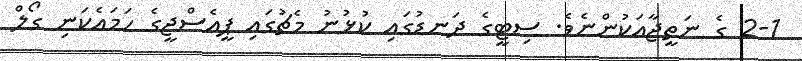
2-1 ގެ ނަތީޖާއަކުންނެވެ. ސިޓީގެ ދަނޑުގައި ކުޅުނު މެޗުގައި ޕީއެސްޖީގެ ހަމައެކަނި ގޯލް